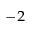
^ { - 2 }